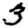
Digit: 3